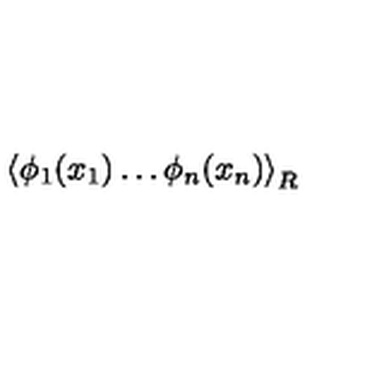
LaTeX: \left\langle \phi _ { 1 } ( x _ { 1 } ) \ldots \phi _ { n } ( x _ { n } ) \right\rangle _ { R }